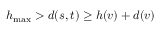
h _ { \mathrm { m a x } } > d ( s , t ) \geq h ( v ) + d ( v )